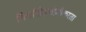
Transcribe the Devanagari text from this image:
गिर्यारोहणप्रेमीकरता